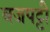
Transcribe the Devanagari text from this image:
बजपट्टी